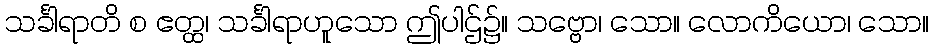
သင်္ခါရာတိ စ ဧတ္ထ၊ သင်္ခါရာဟူသော ဤပါဌ်၌။ သဗ္ဗော၊ သော။ လောကိယော၊ သော။